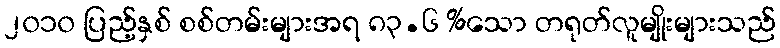
၂၀၁၀ ပြည့်နှစ် စစ်တမ်းများအရ ၈၃.၆ %သော တရုတ်လူမျိုးများသည်